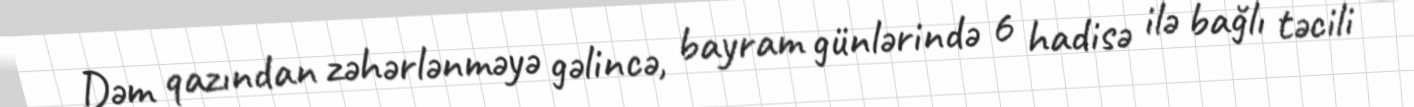
Dəm qazından zəhərlənməyə gəlincə, bayram günlərində 6 hadisə ilə bağlı təcili